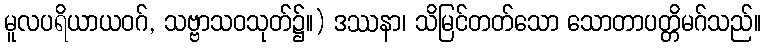
မူလပရိယာယဝဂ်, သဗ္ဗာသဝသုတ်၌။) ဒဿနာ၊ သိမြင်တတ်သော သောတာပတ္တိမဂ်သည်။